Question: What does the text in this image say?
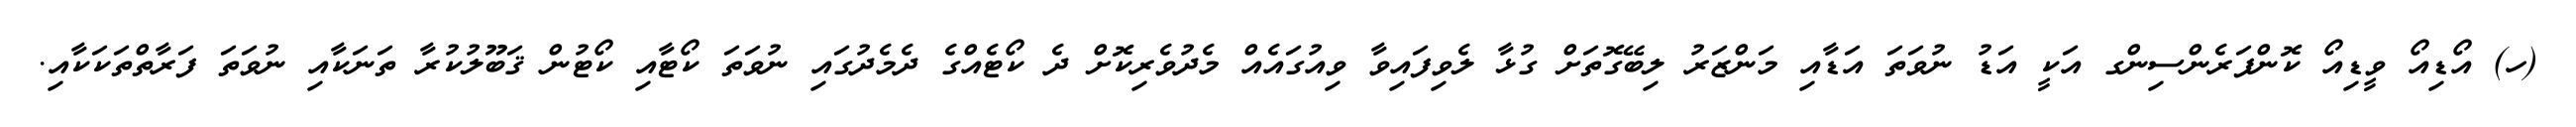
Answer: (ހ) އޯޑިއޯ ވީޑިއޯ ކޮންފަރެންސިންގ އަކީ އަޑު ނުވަތަ އަޑާއި މަންޒަރު ލިބޭގޮތަށް ގުޅާ ލެވިފައިވާ ވިއުގައެއް މެދުވެރިކޮށް ދެ ކޯޓެއްގެ ދެމެދުގައި ނުވަތަ ކޯޓާއި ކޯޓުން ޤަބޫލުކުރާ ތަނަކާއި ނުވަތަ ފަރާތްތަކަކާއި.